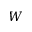
W